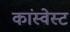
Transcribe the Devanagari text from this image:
कांस्वेस्ट